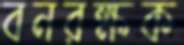
বনরক্ষক